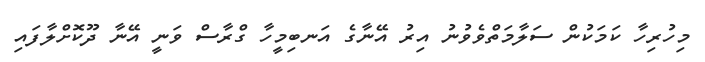
މިހުރިހާ ކަމަކުން ސަލާމަތްވެވުނު އިރު އޭނާގެ އަނބިމީހާ ގްރާސް ވަނީ އޭނާ ދޫކޮށްލާފައި